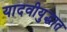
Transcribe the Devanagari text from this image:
यादवीयुद्धात